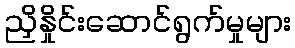
ညှိနှိုင်းဆောင်ရွက်မှုများ